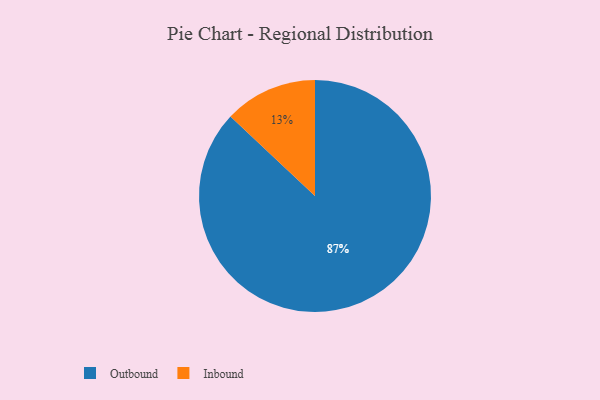
{"axis": {"x": "Category", "y": "Percentage"}, "legend": ["Inbound", "Outbound"], "data": [{"x": "Inbound", "y": 13, "type": "Inbound"}, {"x": "Outbound", "y": 87, "type": "Outbound"}]}